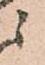
ニ